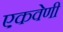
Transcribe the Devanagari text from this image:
एकवेणी